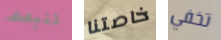
تنبعث خاصتنا تخفي